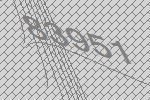
83951